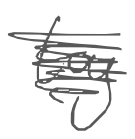
Text: toy
Cross-out: mix
Writing tool: digital_gray